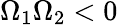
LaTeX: \Omega_{1}\Omega_{2}<0